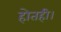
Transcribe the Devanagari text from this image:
होतही।